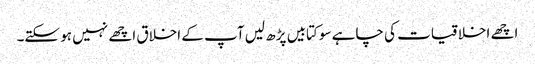
اچھے اخلاقیات کی چاہے سو کتابیں پڑھ لیں آپ کے اخلاق اچھے نہیں ہو سکتے۔